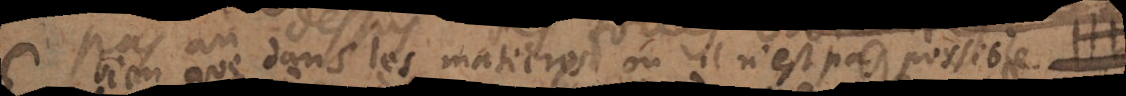
bien que dans les matieres où il n’est pas possible